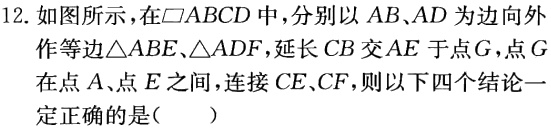
12. 如图所示，在$\square ABCD$中，分别以$AB、AD$为边向外
作等边$\triangle ABE、\triangle ADF$，延长$CB$交$AE$于点$G$，点$G$
在点$A、$点$E$之间，连接$CE、CF$，则以下四个结论一
定正确的是(  )